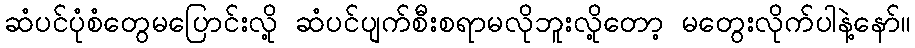
ဆံပင်ပုံစံတွေမပြောင်းလို့ ဆံပင်ပျက်စီးစရာမလိုဘူးလို့တော့ မတွေးလိုက်ပါနဲ့နော်။